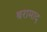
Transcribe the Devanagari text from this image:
बरामाद